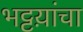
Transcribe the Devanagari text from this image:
भट्टय़ांचा